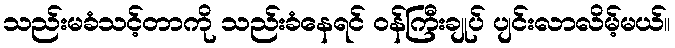
သည်းမခံသင့်တာကို သည်းခံနေရင် ဝန်ကြီးချုပ် ပျင်းလာလိမ့်မယ်။